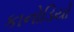
કાનોડિયો